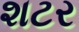
શટર